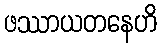
ဖဿာယတနေဟိ